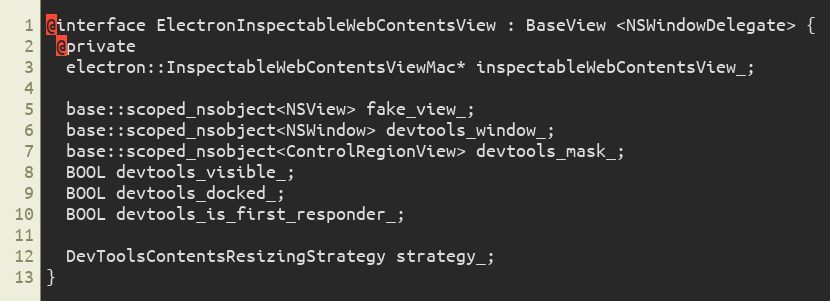
Language: C
@interface ElectronInspectableWebContentsView : BaseView <NSWindowDelegate> {
 @private
  electron::InspectableWebContentsViewMac* inspectableWebContentsView_;

  base::scoped_nsobject<NSView> fake_view_;
  base::scoped_nsobject<NSWindow> devtools_window_;
  base::scoped_nsobject<ControlRegionView> devtools_mask_;
  BOOL devtools_visible_;
  BOOL devtools_docked_;
  BOOL devtools_is_first_responder_;

  DevToolsContentsResizingStrategy strategy_;
}